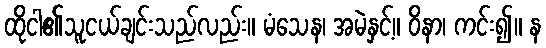
ထိုငါ၏သူငယ်ချင်းသည်လည်း။ မံသေန၊ အမဲနှင့်။ ဝိနာ၊ ကင်း၍။ န